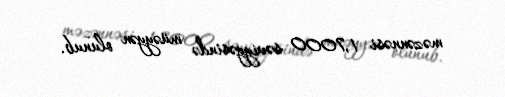
məzənnəsi 1,7000 səviyyəsində müəyyən olunub.